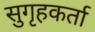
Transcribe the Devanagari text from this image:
सुगृहकर्ता